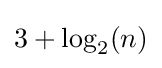
{\textstyle 3+\log _{2}(n)}